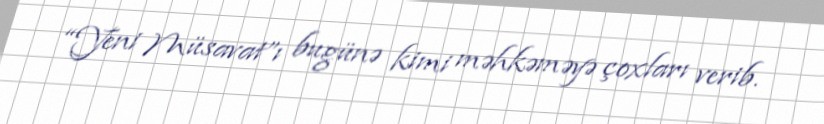
“Yeni Müsavat”ı bugünə kimi məhkəməyə çoxları verib.